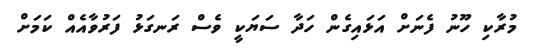
މުރާކި ހޫނު ފެނަށް އަޅައިގެން ހަދާ ސަޔަކީ ވެސް ރަނގަޅު ފަރުވާއެއް ކަމަށް